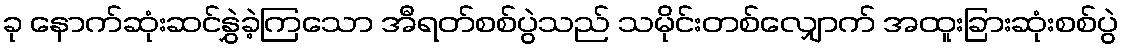
ခု နောက်ဆုံးဆင်နွှဲခဲ့ကြသော အီရတ်စစ်ပွဲသည် သမိုင်းတစ်လျှောက် အထူးခြားဆုံးစစ်ပွဲ